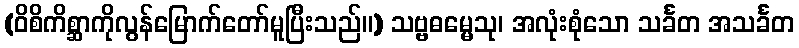
(ဝိစိကိစ္ဆာကိုလွန်မြောက်တော်မူပြီးသည်။) သဗ္ဗဓမ္မေသု၊ အလုံးစုံသော သင်္ခတ အသင်္ခတ